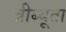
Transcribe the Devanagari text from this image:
त्रीब्यूता